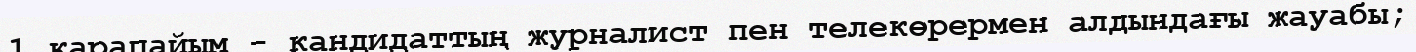
1 қарапайым - кандидаттың журналист пен телекөрермен алдындағы жауабы;